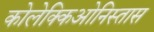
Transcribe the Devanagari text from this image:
कोलेक्किओनिस्तास